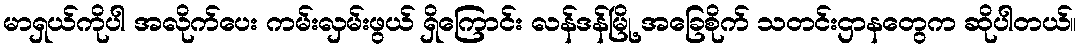
မာရှယ်ကိုပါ အလိုက်ပေး ကမ်းလှမ်းဖွယ် ရှိကြောင်း လန်ဒန်မြို့ အခြေစိုက် သတင်းဌာနတွေက ဆိုပါတယ်။